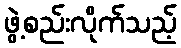
ဖွဲ့စည်းလိုက်သည့်